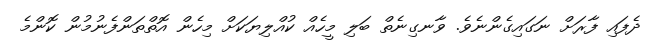
ދެފައި ފާރަށް ނަގައިގެންނެވެ. ވާނގިނެތް ބަލި މީހެއް ކުއްލިޔަކަށް މިހެން އޮތްތަންފެނުމުން ކޮންމެ